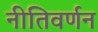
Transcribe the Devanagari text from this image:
नीतिवर्णन